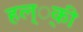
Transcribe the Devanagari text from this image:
हल््की